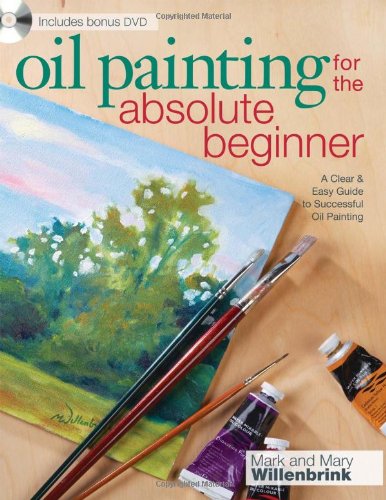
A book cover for Oil Painting For The Absolute Beginner: A Clear & Easy Guide to Successful Oil Painting (Art for the Absolute Beginner); Mark and Mary Willenbrink; Arts & Photography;